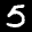
Label: 5